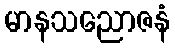
မာနသညောဇနံ